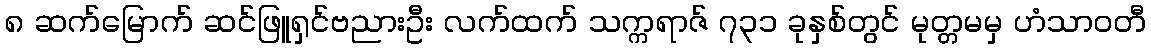
၈ ဆက်မြောက် ဆင်ဖြူရှင်ဗညားဦး လက်ထက် သက္ကရာဇ် ၇၃၁ ခုနှစ်တွင် မုတ္တမမှ ဟံသာဝတီ